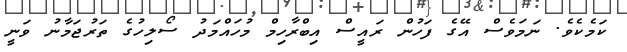
ކަމެކެވެ. ނަމަވެސް އޭގެ ފަހުން ރައީސް އިބްރާހިމް މުހައްމަދު ސޯލިހުގެ ތަރުޖަމާނު ވަނީ